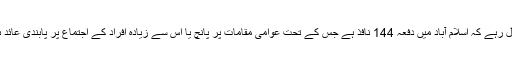
خیال رہے کہ اسلام آباد میں دفعہ 144 نافذ ہے جس کے تحت عوامی مقامات پر پانچ یا اس سے زیادہ افراد کے اجتماع پر پابندی عائد ہے۔